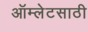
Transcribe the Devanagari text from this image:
ऑम्लेटसाठी